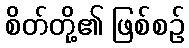
စိတ်တို့၏ ဖြစ်စဉ်